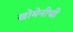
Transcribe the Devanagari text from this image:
खोमेनीची